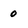
Character: O